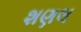
શણલ